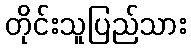
တိုင်းသူပြည်သား